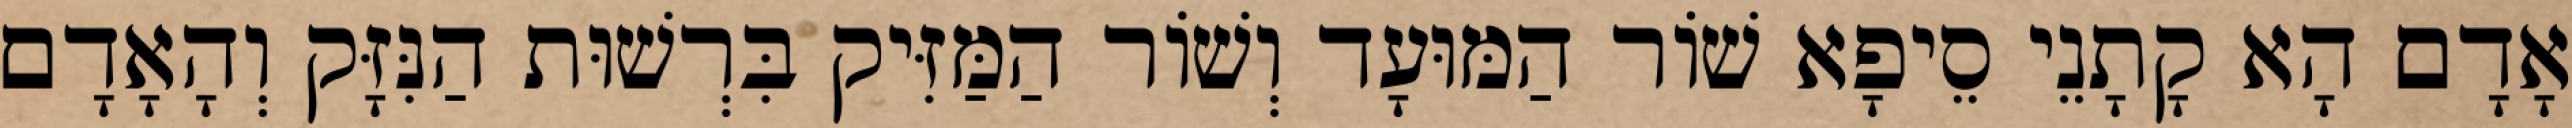
אָדָם הָא קָתָנֵי סֵיפָא שׁוֹר הַמּוּעָד וְשׁוֹר הַמַּזִּיק בִּרְשׁוּת הַנִּזָּק וְהָאָדָם